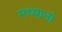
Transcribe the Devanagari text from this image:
मध्यानां